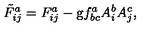
\tilde { F } _ { i j } ^ { a } = F _ { i j } ^ { a } - \mathrm { g } f _ { b c } ^ { a } A _ { i } ^ { b } A _ { j } ^ { c } ,